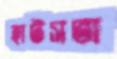
হাটসভা